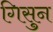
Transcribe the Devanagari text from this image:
गिसुन